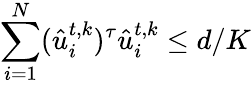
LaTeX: \sum_{i=1}^{N}(\hat{u}_{i}^{t,k})^{\tau}\hat{u}_{i}^{t,k}\leq d/K